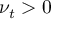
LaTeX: \nu _ { t } > 0